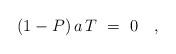
LaTeX: \begin{align*}(1-P)\,a\,T\ =\ 0 \quad,\end{align*}